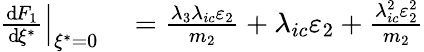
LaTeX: \begin{array}{rl}{\left.{\frac{\operatorname{d}\! F_{1}}{\operatorname{d}\! \xi^{*}}}\right|_{\xi^{*}=0}}&{{}=\frac{\lambda_{3}\lambda_{ic}\varepsilon_{2}}{m_{2}}+\lambda_{ic}\varepsilon_{2}+\frac{\lambda_{ic}^{2}\varepsilon_{2}^{2}}{m_{2}}}\end{array}